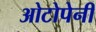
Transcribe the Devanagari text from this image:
ओटोपेनी